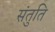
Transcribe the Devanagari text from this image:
संतुति